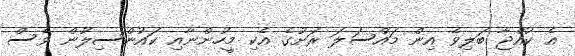
އެ ކުއްޖާ ބަލިވެ އިން މައްސަލަ ރަށުގެ އެކި މީހުންނާއި ކައުންސިލުން ވެސް